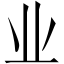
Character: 业